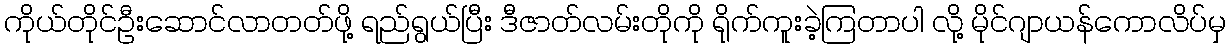
ကိုယ်တိုင်ဦးဆောင်လာတတ်ဖို့ ရည်ရွယ်ပြီး ဒီဇာတ်လမ်းတိုကို ရိုက်ကူးခဲ့ကြတာပါ လို့ မိုင်ဂျာယန်ကောလိပ်မှ